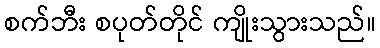
စက်ဘီး စပုတ်တိုင် ကျိုးသွားသည်။